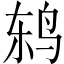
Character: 鸫